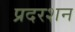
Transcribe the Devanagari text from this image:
प्रदरशन